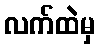
လက်ထဲမှ